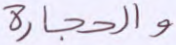
والحجارة